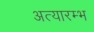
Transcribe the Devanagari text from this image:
अत्यारम्भ